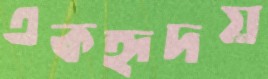
একহৃদয়